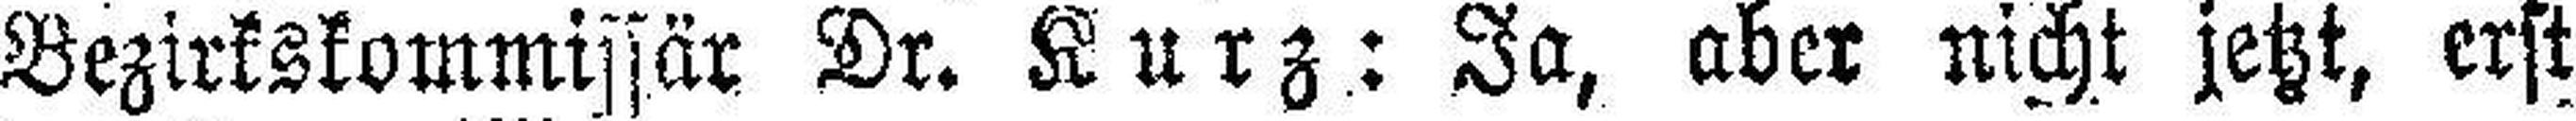
Bezirkskommissär Dr. Kurz: Ja, aber nicht jetzt, erst